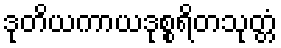
ဒုတိယကာယဒုစ္စရိတသုတ္တံ